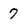
Character: 7